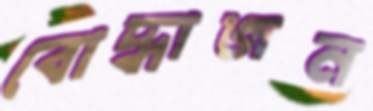
বোদ্ধাজন